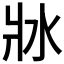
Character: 𤕯